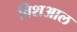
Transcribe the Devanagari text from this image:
विशआल